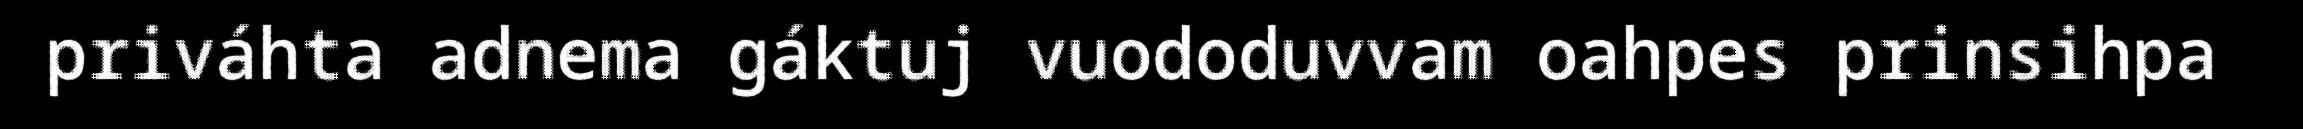
priváhta adnema gáktuj vuododuvvam oahpes prinsihpa